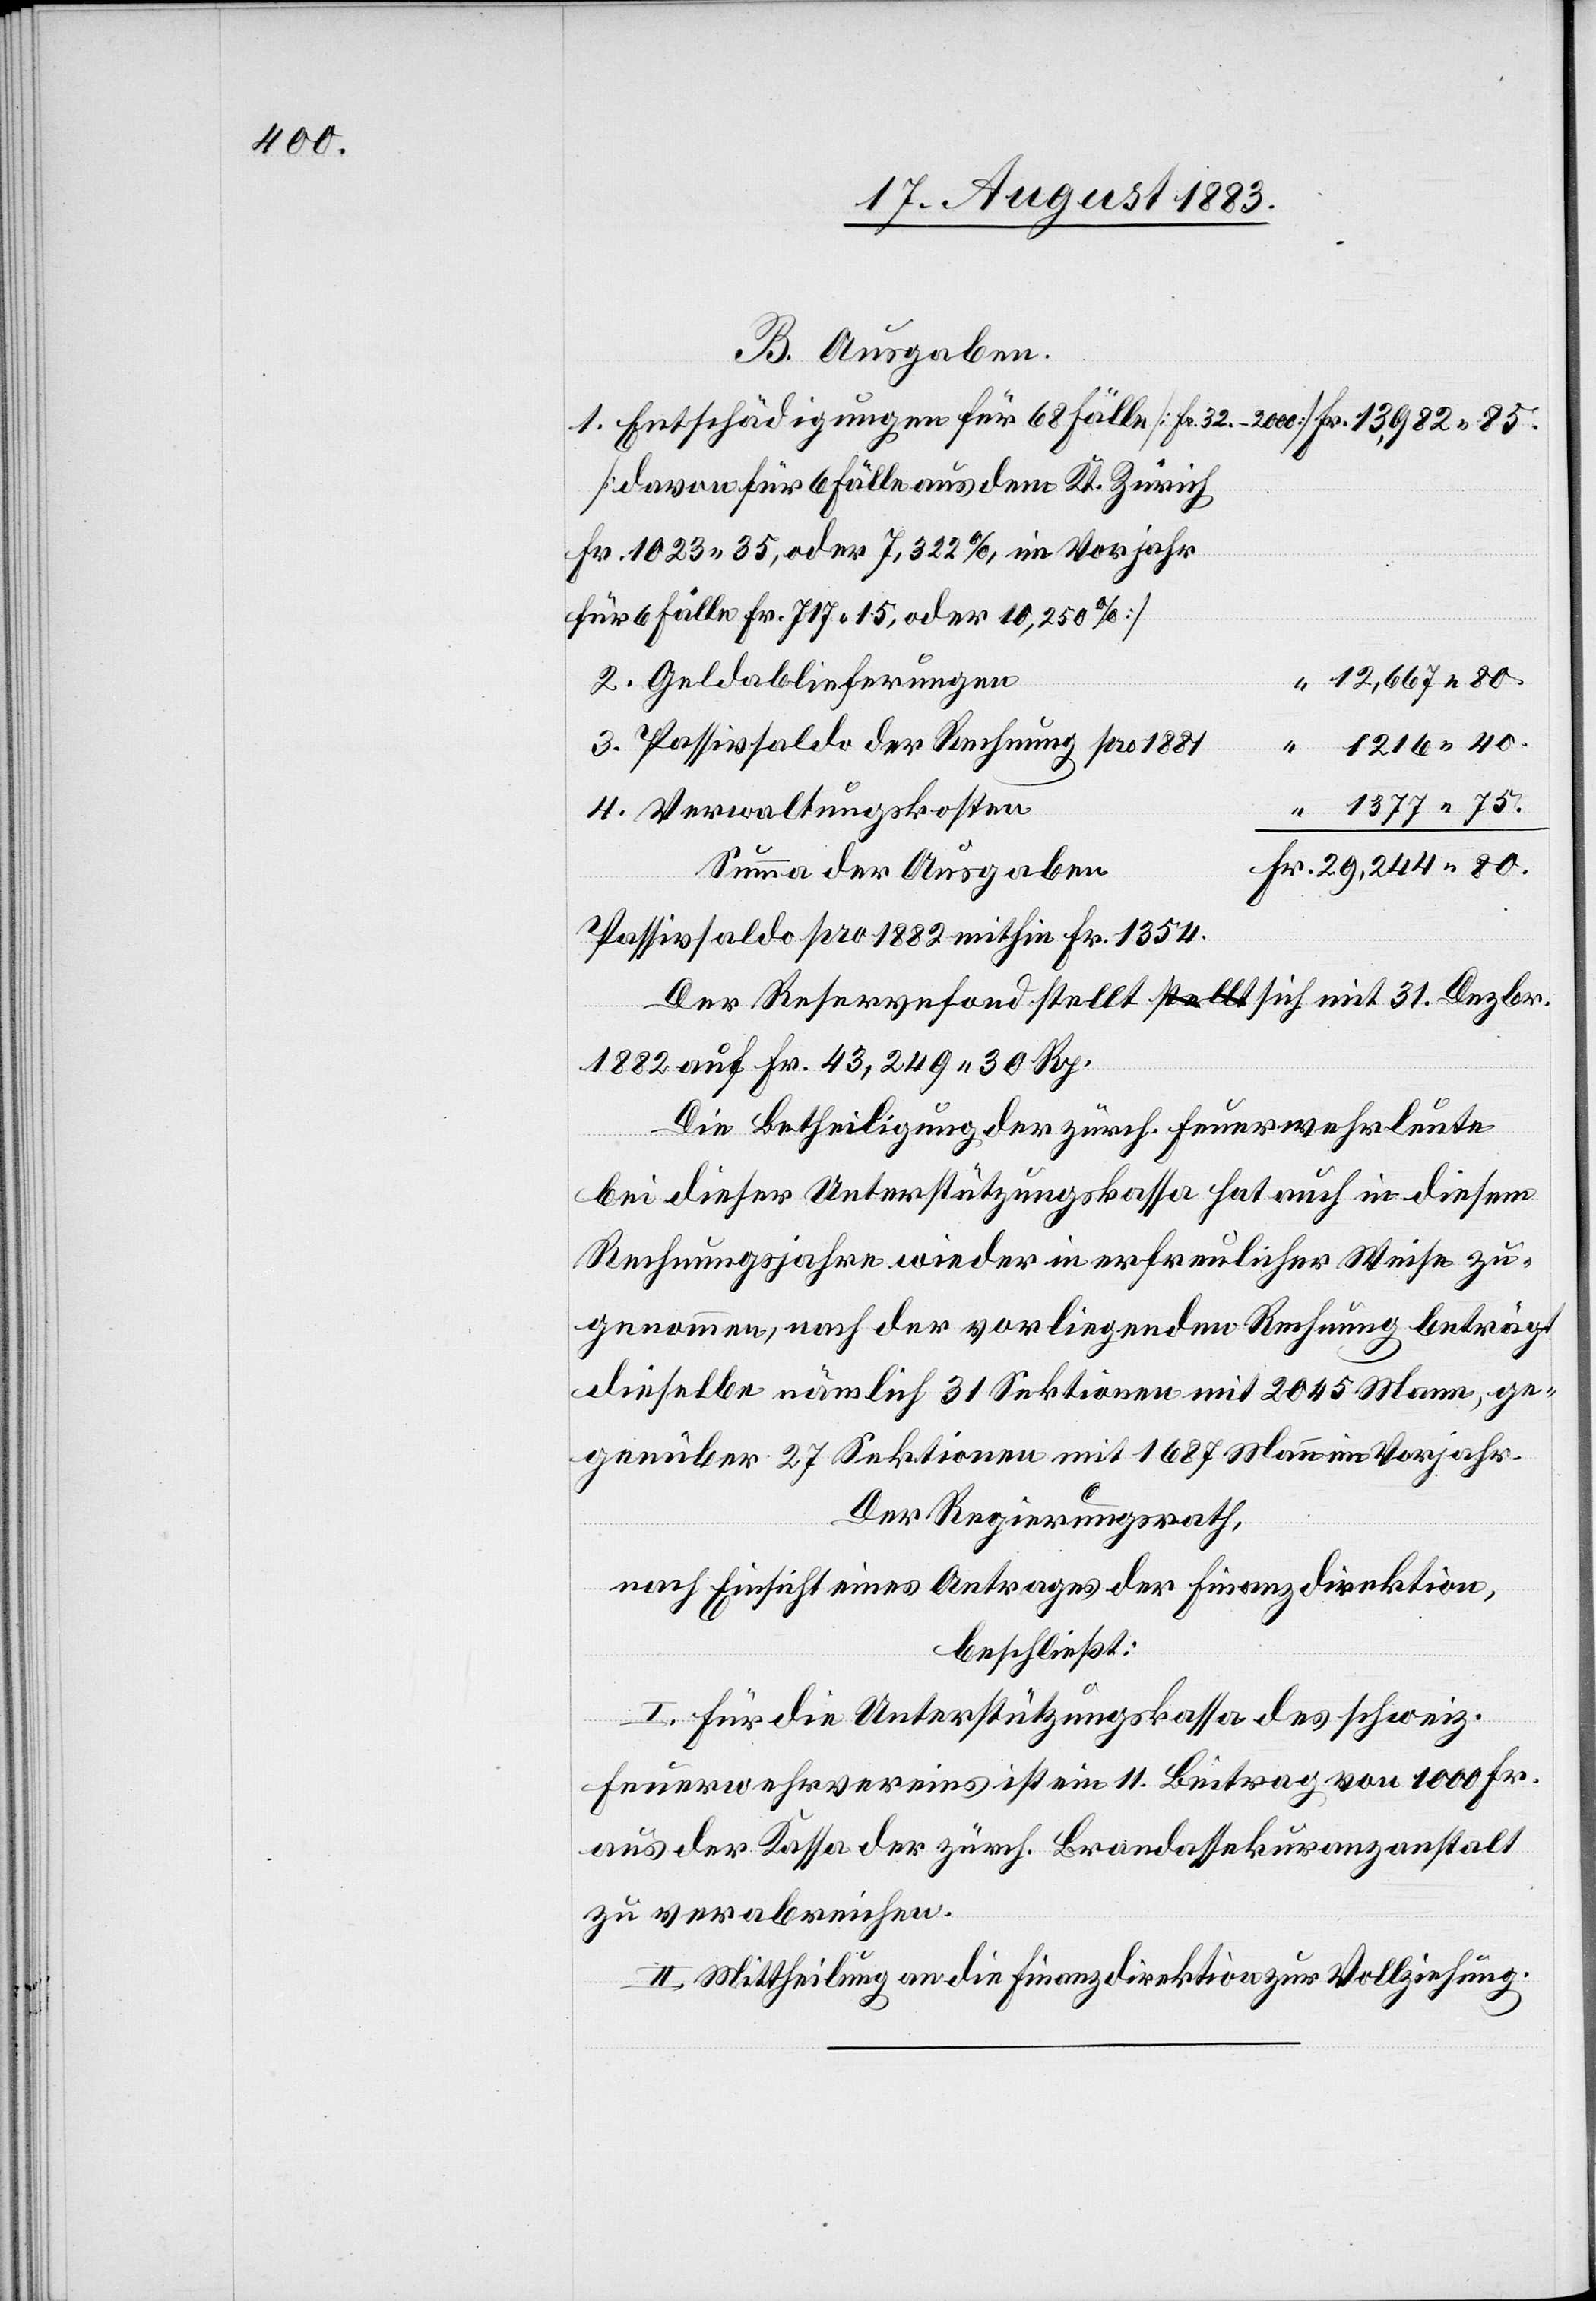
40.

B. Ausgaben.
1. Entschädigungen für 68 Fälle [Fr. 32–2000]
[davon für 6 Fälle aus dem Kt. Zürich
Fr. 1023 35, oder 7,322%, im Vorjahr
für 6 Fälle Fr. 717 15, oder 10,250%]
2. Geldablieferungen
3. Passivsaldo der Rechnung pro 1881
4. Verwaltungskosten
Summa der Ausgaben
Passivsaldo pro 1882 mithin Fr. 1354.
Der Reservefond stellt sich mit 31. Dezbr.
1882 auf Fr. 43,249 30 Rp.
Die Betheiligung der zürch. Feuerwehrleute
bei dieser Unterstützungskassa hat auch in diesem
Rechnungsjahre wieder in erfreulicher Weise zu¬
genommen, nach der vorliegenden Rechnung beträgt
dieselbe nämlich 31 Sektionen mit 2045 Mann, ge¬
genüber 27 Sektionen mit 1687 Mann im Vorjahr.
Der Regierungsrath,
nach Einsicht eines Antrages der Finanzdirektion,
beschließt:
I. Für die Unterstützungskassa des schweiz.
Feuerwehrvereins ist ein 11. Beitrag von 1000 Fr.
aus der Kassa der zürch. Brandassekuranzanstalt
zu verabreichen.
II. Mittheilung an die Finanzdirektion zur Vollziehung.